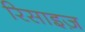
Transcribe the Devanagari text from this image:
रिसाइज़